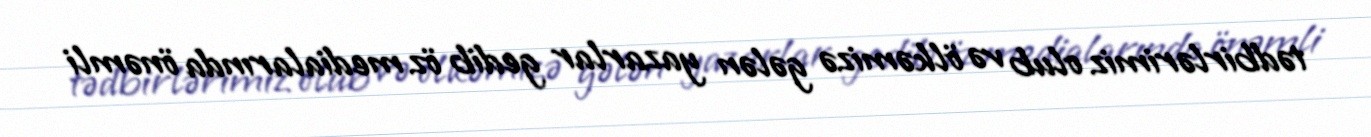
tədbirlərimiz olub və ölkəmizə gələn yazarlar gedib öz medialarında önəmli